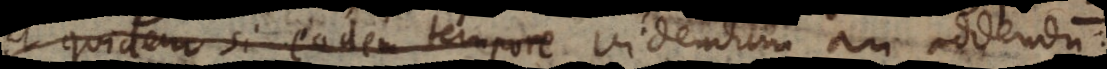
et quidem si eodem tempore Videndum an addendum: